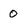
Character: 0